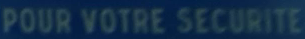
POUR VOTRE SECURITE